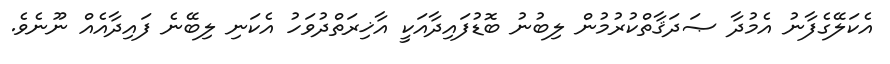
އެކަލޭގެފާނު އެމުދާ ޞަދަޤާތްކުރުމުން ލިބުނު ބޮޑުފައިދާއަކީ އާޚިރަތްދުވަހު އެކަނި ލިބޭނެ ފައިދާއެއް ނޫނެވެ.